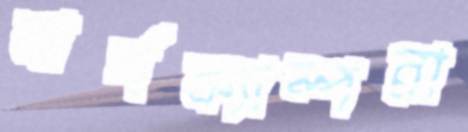
বার্গক্যাম্পরা